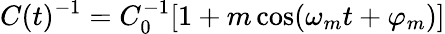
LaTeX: C(t)^{-1}=C_{0}^{-1}[1+m\cos(\omega_{m}t+\varphi_{m})]